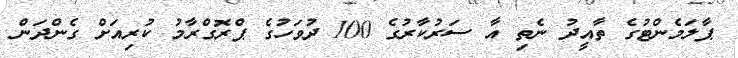
ޕާލަމެންޓުގެ ތާއީދު ނެތި އާ ސަރުކާރުގެ 100 ދުވަހުގެ ޕްރޮގްރާމު ކުރިއަށް ގެންދަން